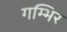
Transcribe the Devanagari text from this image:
गम्भिर